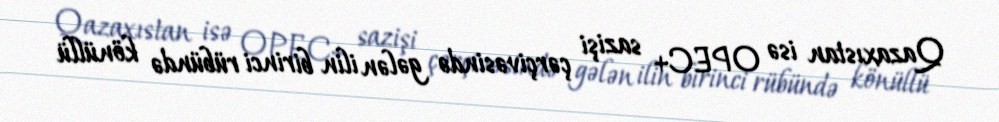
Qazaxıstan isə OPEC+ sazişi çərçivəsində gələn ilin birinci rübündə könüllü